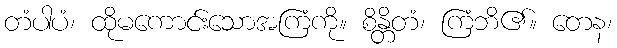
တံပါပံ၊ ထိုမကောင်းသောအကြံကို။ စိန္တိတံ၊ ကြံဘိ၏။ တေန၊